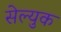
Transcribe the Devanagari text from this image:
सेल्युक